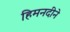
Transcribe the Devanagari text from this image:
हिमनदीने